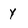
Character: y